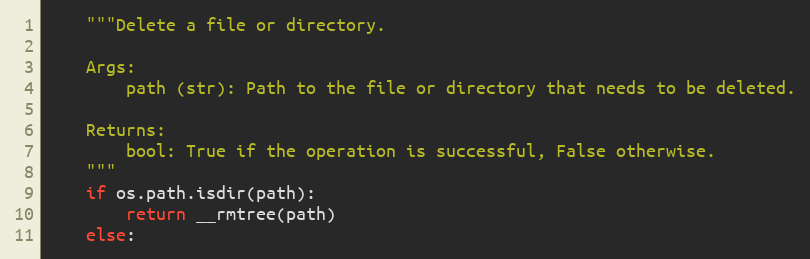
Language: Python
    """Delete a file or directory.

    Args:
        path (str): Path to the file or directory that needs to be deleted.

    Returns:
        bool: True if the operation is successful, False otherwise.
    """
    if os.path.isdir(path):
        return __rmtree(path)
    else: